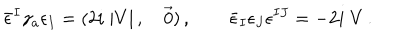
LaTeX: \bar { \epsilon } ^ { I } \gamma _ { a } \epsilon _ { I } = ( 2 i \; | V | \, , \quad \vec { 0 } ) \, , \qquad \bar { \epsilon } _ { I } \epsilon _ { J } \epsilon ^ { I J } = - 2 i \; V \, .